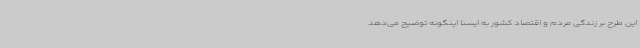
این طرح بر زندگی مردم و اقتصاد کشور به ایسنا اینگونه توضیح می‌دهد